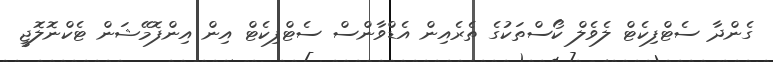
ގެންދާ ސެޓްފިކެޓް ލެވެލް ކޯސްތަކުގެ ތެރެއިން އެޑްވާންސް ސެޓްފިކެޓް އިން އިންފޮމޭޝަން ޓެކްނޮލޮޖީ